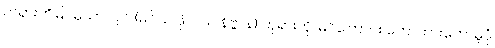
တရားကိုမြင်မှသာလျင် (မဂ်ယ ဖိုလ်ယ နိဗ္ဗာန်) ဘုရားကို မြင်ကြောင်း ဟောထားတော်မူပုံ